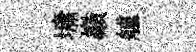
墉巔艫